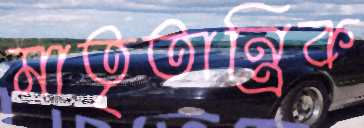
মাতৃতান্ত্রিক